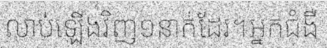
លាប់ឡើងវិញ១នាក់ដែរ។អ្នកជំងឺ